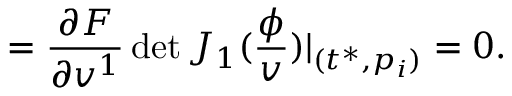
= \frac { \partial F } { \partial v ^ { 1 } } \operatorname * { d e t } J _ { 1 } ( \frac \phi v ) | _ { ( t ^ { * } , p _ { i } ) } = 0 .